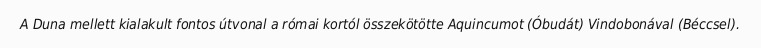
A Duna mellett kialakult fontos útvonal a római kortól összekötötte Aquincumot (Óbudát) Vindobonával (Béccsel).